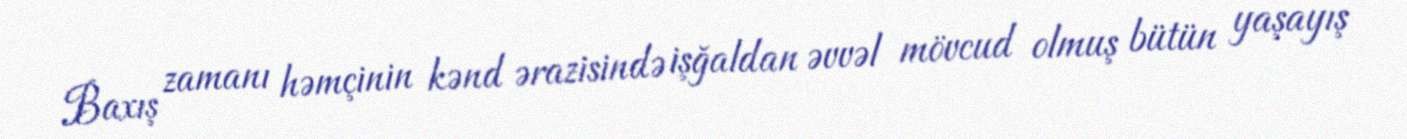
Baxış zamanı həmçinin kənd ərazisində işğaldan əvvəl mövcud olmuş bütün yaşayış